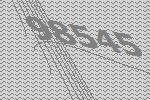
98545